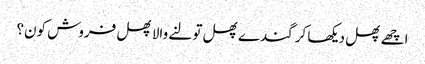
اچھے پھل دیکھا کر گندے پھل تولنے والا پھل فروش کون؟